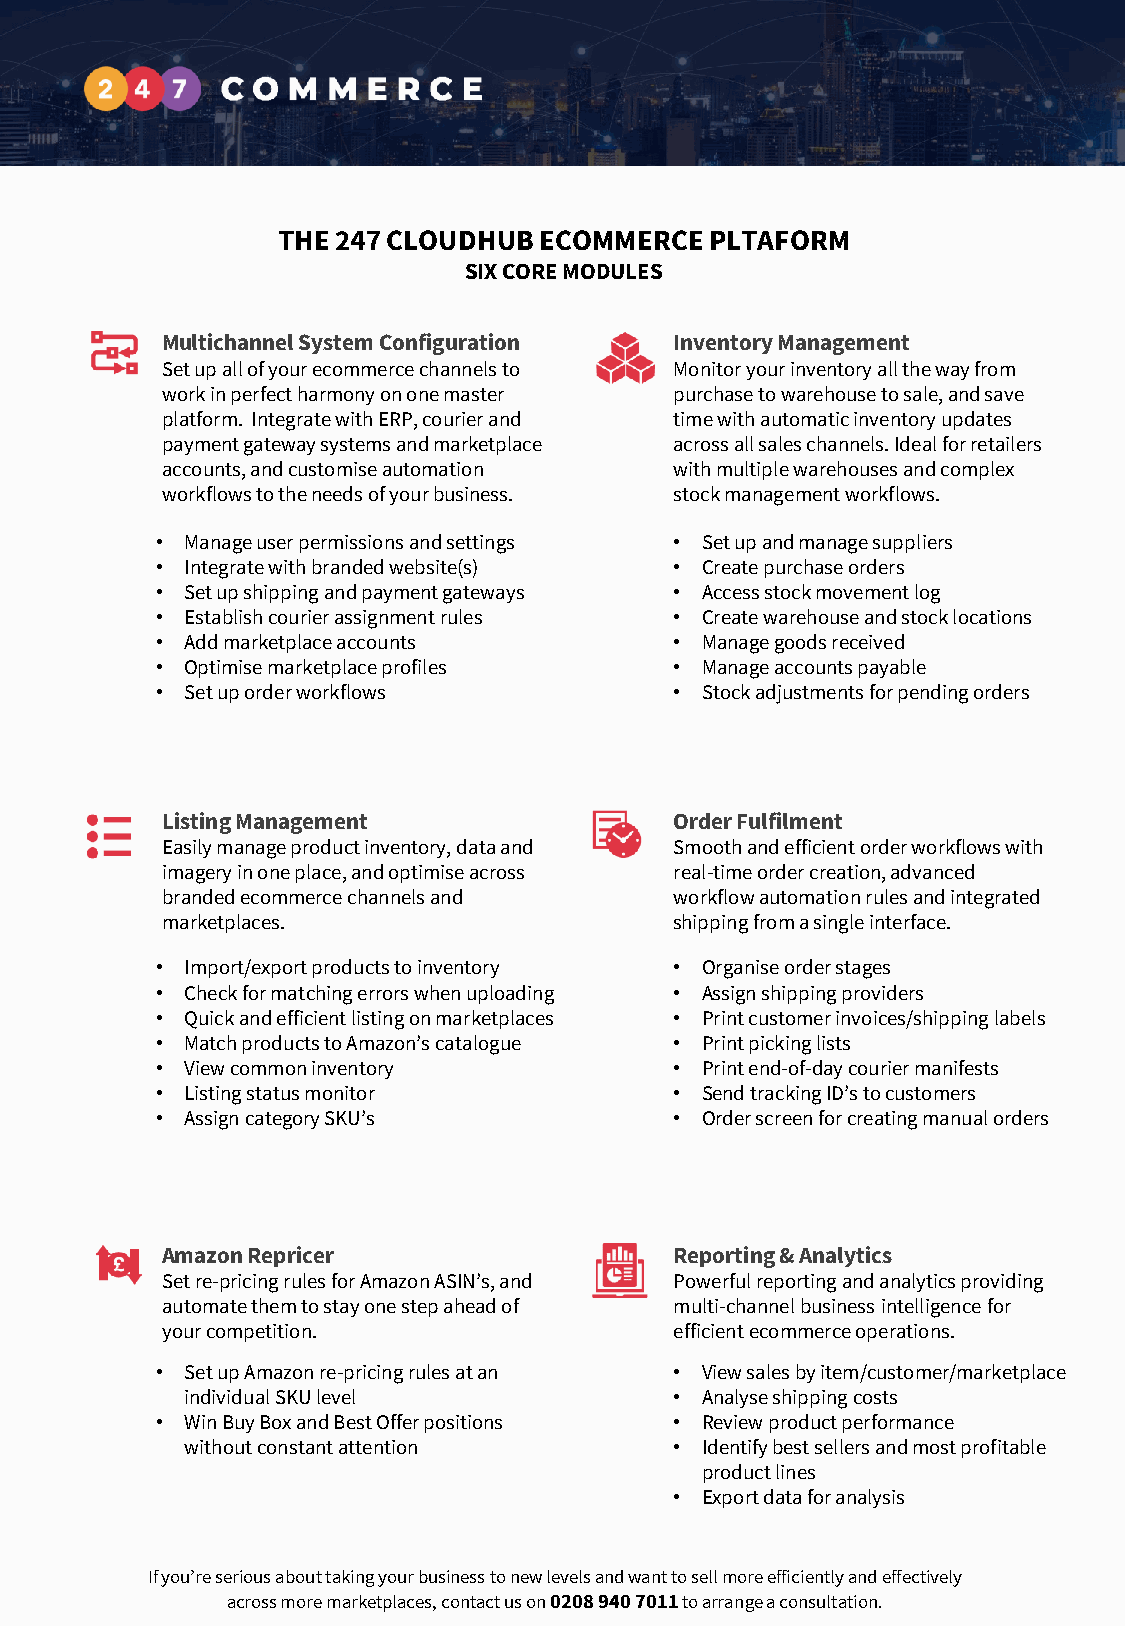
THE 247 CLOUDHUB  ECOMMERCE  PLTAFORM
 SIX CORE MODULES
 Multichannel System Configuration Inventory Management
 Set up all of your ecommerce channels to Monitor your inventory all the way from
 work in perfect harmony on one master purchase to warehouse to sale, and save
 platform. Integrate with ERP, courier and time with automatic inventory updates
 payment gateway systems and marketplace across all sales channels. Ideal for retailers
 accounts, and customise automation with multiple warehouses and complex
 workflows to the needs of your business. stock management workflows.
 • Manage user permissions and settings • Set up and manage suppliers
 • Integrate with branded website(s) • Create purchase orders
 • Set up shipping and payment gateways • Access stock movement log
 • Establish courier assignment rules • Create warehouse and stock locations
 • Add marketplace accounts         • Manage goods received
 • Optimise marketplace profiles    • Manage accounts payable
 • Set up order workflows           • Stock adjustments for pending orders
 Listing Management                Order Fulfilment
 Easily manage product inventory, data and Smooth and efficient order workflows with
 imagery in one place, and optimise across real-time order creation, advanced
 branded ecommerce channels and    workflow automation rules and integrated
 marketplaces.                     shipping from a single interface.
 • Import/export products to inventory • Organise order stages
 • Check for matching errors when uploading • Assign shipping providers
 • Quick and efficient listing on marketplaces • Print customer invoices/shipping labels
 • Match products to Amazon’s catalogue • Print picking lists
 • View common inventory            • Print end-of-day courier manifests
 • Listing status monitor           • Send tracking ID’s to customers
 • Assign category SKU’s            • Order screen for creating manual orders
 Amazon Repricer                   Reporting & Analytics
 Set re-pricing rules for Amazon ASIN’s, and Powerful reporting and analytics providing
 automate them to stay one step ahead of multi-channel business intelligence for
 your competition.                 efficient ecommerce operations.
 • Set up Amazon re-pricing rules at an • View sales by item/customer/marketplace
 individual SKU level             • Analyse shipping costs
 • Win Buy Box and Best Offer positions • Review product performance
 without constant attention       • Identify best sellers and most profitable
 product lines
 • Export data for analysis
 If you’re serious about taking your business to new levels and want to sell more efficiently and effectively
 across more marketplaces, contact us on 0208 940 7011to arrange a consultation.